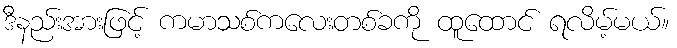
ဒီနည်းအားဖြင့် ကမာသစ်ကလေးတစ်ခကို ထူထောင် ရလိမ့်မယ်။